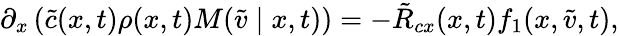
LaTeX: \partial_{x}\left(\tilde{c}(x,t)\rho(x,t)M(\tilde{v}\mid x,t)\right)=-\tilde{R}_{cx}(x,t)f_{1}(x,\tilde{v},t),